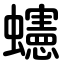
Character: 䘆